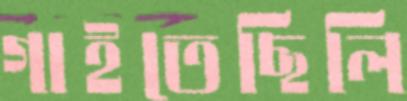
গাইতেছিলি